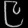
Digit: ၉